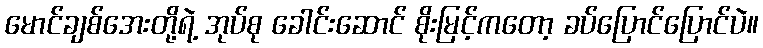
မောင်ချစ်အေးတို့ရဲ့ အုပ်စု ခေါင်းဆောင် စိုးမြင့်ကတော့ ခပ်ပြောင်ပြောင်ပဲ။